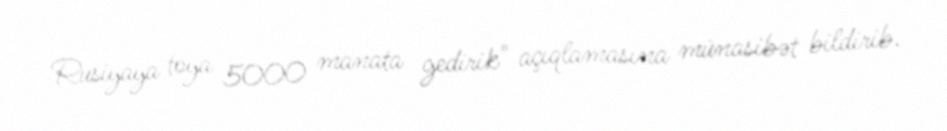
Rusiyaya toya 5000 manata gedirik" açıqlamasına münasibət bildirib.